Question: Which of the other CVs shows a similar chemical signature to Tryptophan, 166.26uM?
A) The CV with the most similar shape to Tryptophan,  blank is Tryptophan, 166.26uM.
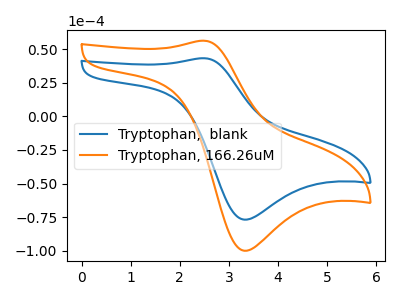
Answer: <think>The blue curve "Tryptophan,  blank" has an anodic peak at (2.50V, 43.25uA) and a cathodic peak at (3.30V, -76.80uA). The orange curve "Tryptophan, 166.26uM" has an anodic peak at (2.50V, 56.25uA) and a cathodic peak at (3.30V, -99.95uA).
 All the peaks in "Tryptophan,  blank" have a peak in "Tryptophan, 166.26uM" at the same potential. Every peak in "Tryptophan,  blank" is lower than every peak in "Tryptophan, 166.26uM".</think>
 <answer>A) The CV with the most similar shape to "Tryptophan,  blank" is "Tryptophan, 166.26uM".</answer>
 <eval>A</eval>